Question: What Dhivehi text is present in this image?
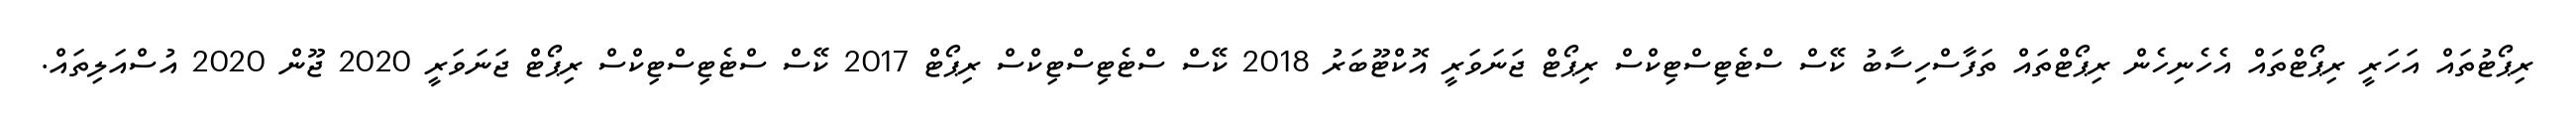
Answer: ރިޕޯޓުތައް އަހަރީ ރިޕޯޓްތައް އެހެނިހެން ރިޕޯޓްތައް ތަފާސްހިސާބު ކޭސް ސްޓެޓިސްޓިކްސް ރިޕޯޓް ޖަނަވަރީ އޮކްޓޫބަރު 2018 ކޭސް ސްޓެޓިސްޓިކްސް ރިޕޯޓް 2017 ކޭސް ސްޓެޓިސްޓިކްސް ރިޕޯޓް ޖަނަވަރީ 2020 ޖޫން 2020 އުސްއަލިތައް.